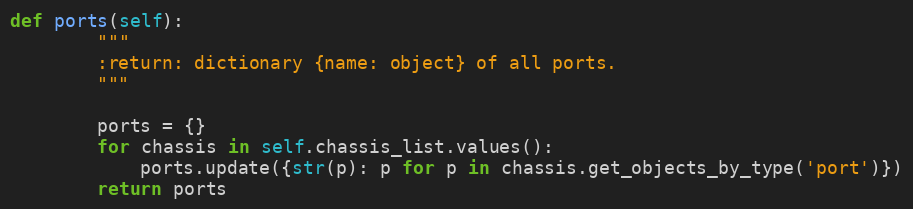
Language: Python
def ports(self):
        """
        :return: dictionary {name: object} of all ports.
        """

        ports = {}
        for chassis in self.chassis_list.values():
            ports.update({str(p): p for p in chassis.get_objects_by_type('port')})
        return ports